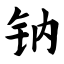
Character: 钠